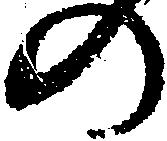
の